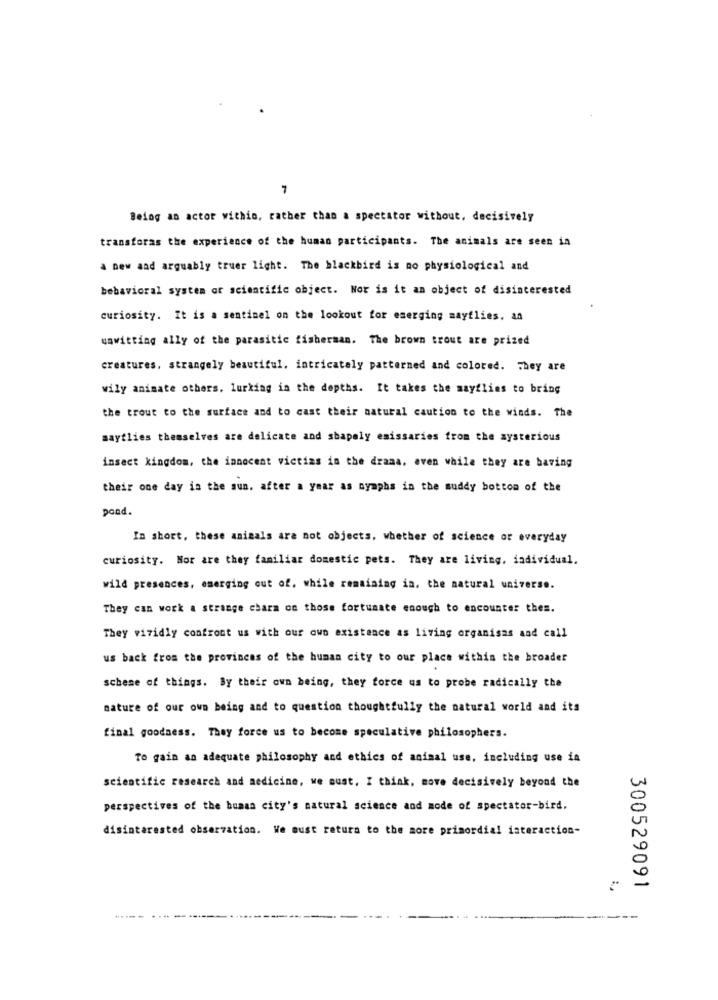
Being an actor within, rather than a spectator without, decisively
transforas the experience of the human participants. The animals are seen in
a new aad arguably truer light. The blackbird is no physiological and
behavioral system of scientific object. Nor is it an object of disinterested
curiosity. It is a sentinel on the lookout for emerging mayflies. an
unwitting ally of the parasitic fisherman. The brown trout are prized
creatures, strangely beautiful, intricately patterned and colored. They are
wily animate others. lurking in the depths. It takes the mayflies to bring
the trout to the surface and to cast their natural caution to the winds. The
maytlies themselves are delicate and shapely emissaries from the mysterious
insect kingdom, the innocent victims in the drama, even while they are having
their one day in the sun. after a year as nymphs in the muddy bottom of the
pond.
In short, these animals are not objects, whether of science or everyday
curiosity. Nor are they familiar domestic pets. They are living, individual.
wild presences, emerging out of, while remaining in. the natural universe.
They can work a strange chara on those fortunate enough to encounter thes.
They vividly confront us with our own existence as living organisas and call
us back from the provinces of the human city to our place within the broader
scheme of things. By their own being, they force us to probe radically the
nature of our own being and to question thoughtfully the natural world and its
final goodness. They force us to become speculative philosophers.
To gain an adequate philosophy and ethics of animal use, including use in
scientific research and medicine, we must, I think, move decisively beyond the
perspectives of the human city's natural science and mode of spectator-bird.
disinterested observation. We must retura to the more primordial interaction-
300529091